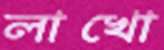
লাখো